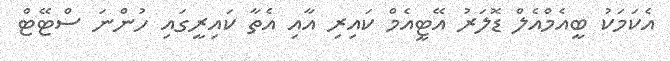
އެކަމަކު ބީއެމްއެލް ޑޮލަރު އޭޓީއެމް ކައިރި އާއި އެތާ ކައިރީގައި ހުންނަ ސްޓޭޓް